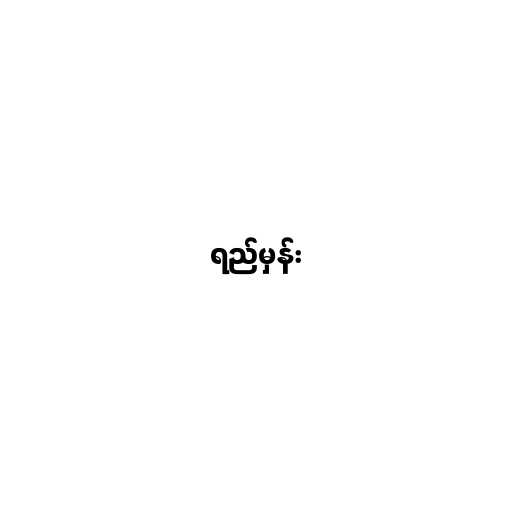
ရည်မှန်း